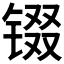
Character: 𮣵